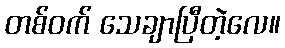
တစ်ဝက် သေချာပြီတဲ့လေ။